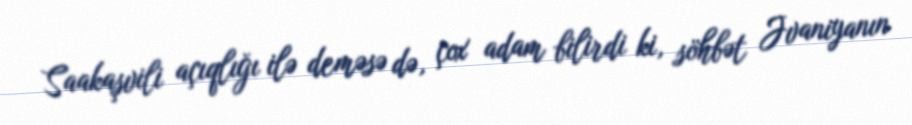
Saakaşvili açıqlığı ilə deməsə də, çox adam bilirdi ki, söhbət Jvaniyanın